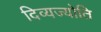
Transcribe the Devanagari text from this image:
दिव्यज्योति